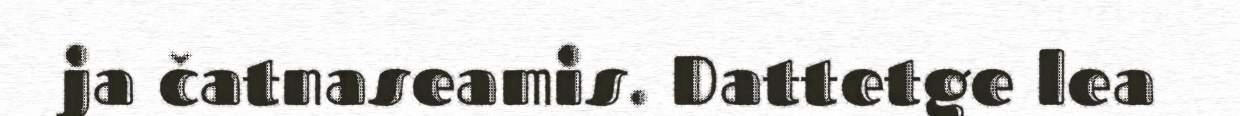
ja čatnaseamis. Dattetge lea